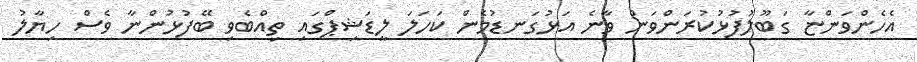
އެހެންވަންޏާ ގަބޫލުފުޅުކުރަންވަން ވާނެ އަޅުގަނޑުމެން ކަހަލަ ލީޑަޝިޕްގައި ތިއްބެވި ބޭފުޅުންނާ ވެސް ހިޔާލު